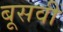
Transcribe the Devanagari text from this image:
बूसवीं